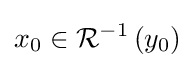
x_{0}\in {\mathcal {R}}^{-1}\left(y_{0}\right)